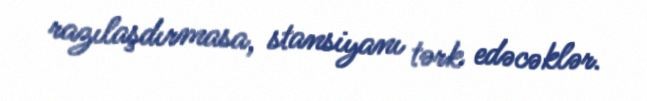
razılaşdırmasa, stansiyanı tərk edəcəklər.